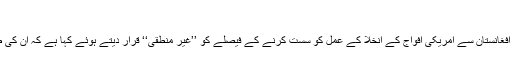
‘‘
اُدھر افغان طالبان نے صدر براک اوباما کی طرف سے افغانستان سے امریکی افواج کے انخلا کے عمل کو سست کرنے کے فیصلے کو ’’غیر منطقی‘‘ قرار دیتے ہوئے کہا ہے کہ اُن کی طرف سے امریکی اہداف پر حملوں کو تیز کیا جائے گا۔